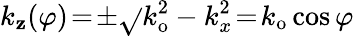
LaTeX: k_{\mathbf{z}}(\varphi)\! =\! \pm\sqrt{}{{k_{\mathrm{{o}}}^{2}-k_{x}^{2}}}\! =\! k_{\mathrm{{o}}}\cos\varphi